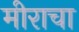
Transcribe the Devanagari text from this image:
मीराचा